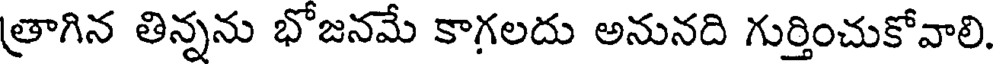
త్రాగిన తిన్నను భోజనమే కాగలదు అనునది గుర్తించుకోవాలి.